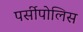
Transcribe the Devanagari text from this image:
पर्सीपोलिस